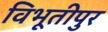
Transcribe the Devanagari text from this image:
विभूतीपुर